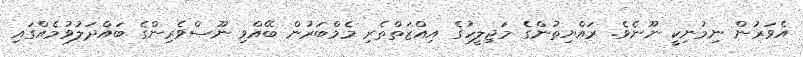
އެވަރުން ނިމުނިކީ ނޫނެވެ. ރައްޔިތުންގެ މަޖިލީހުގެ އިއްޒަތްތެރި މެމްބަރުން ބޭއްވި ނޫސްވެރިންގެ ބައްދަލުވުމެއްގައި